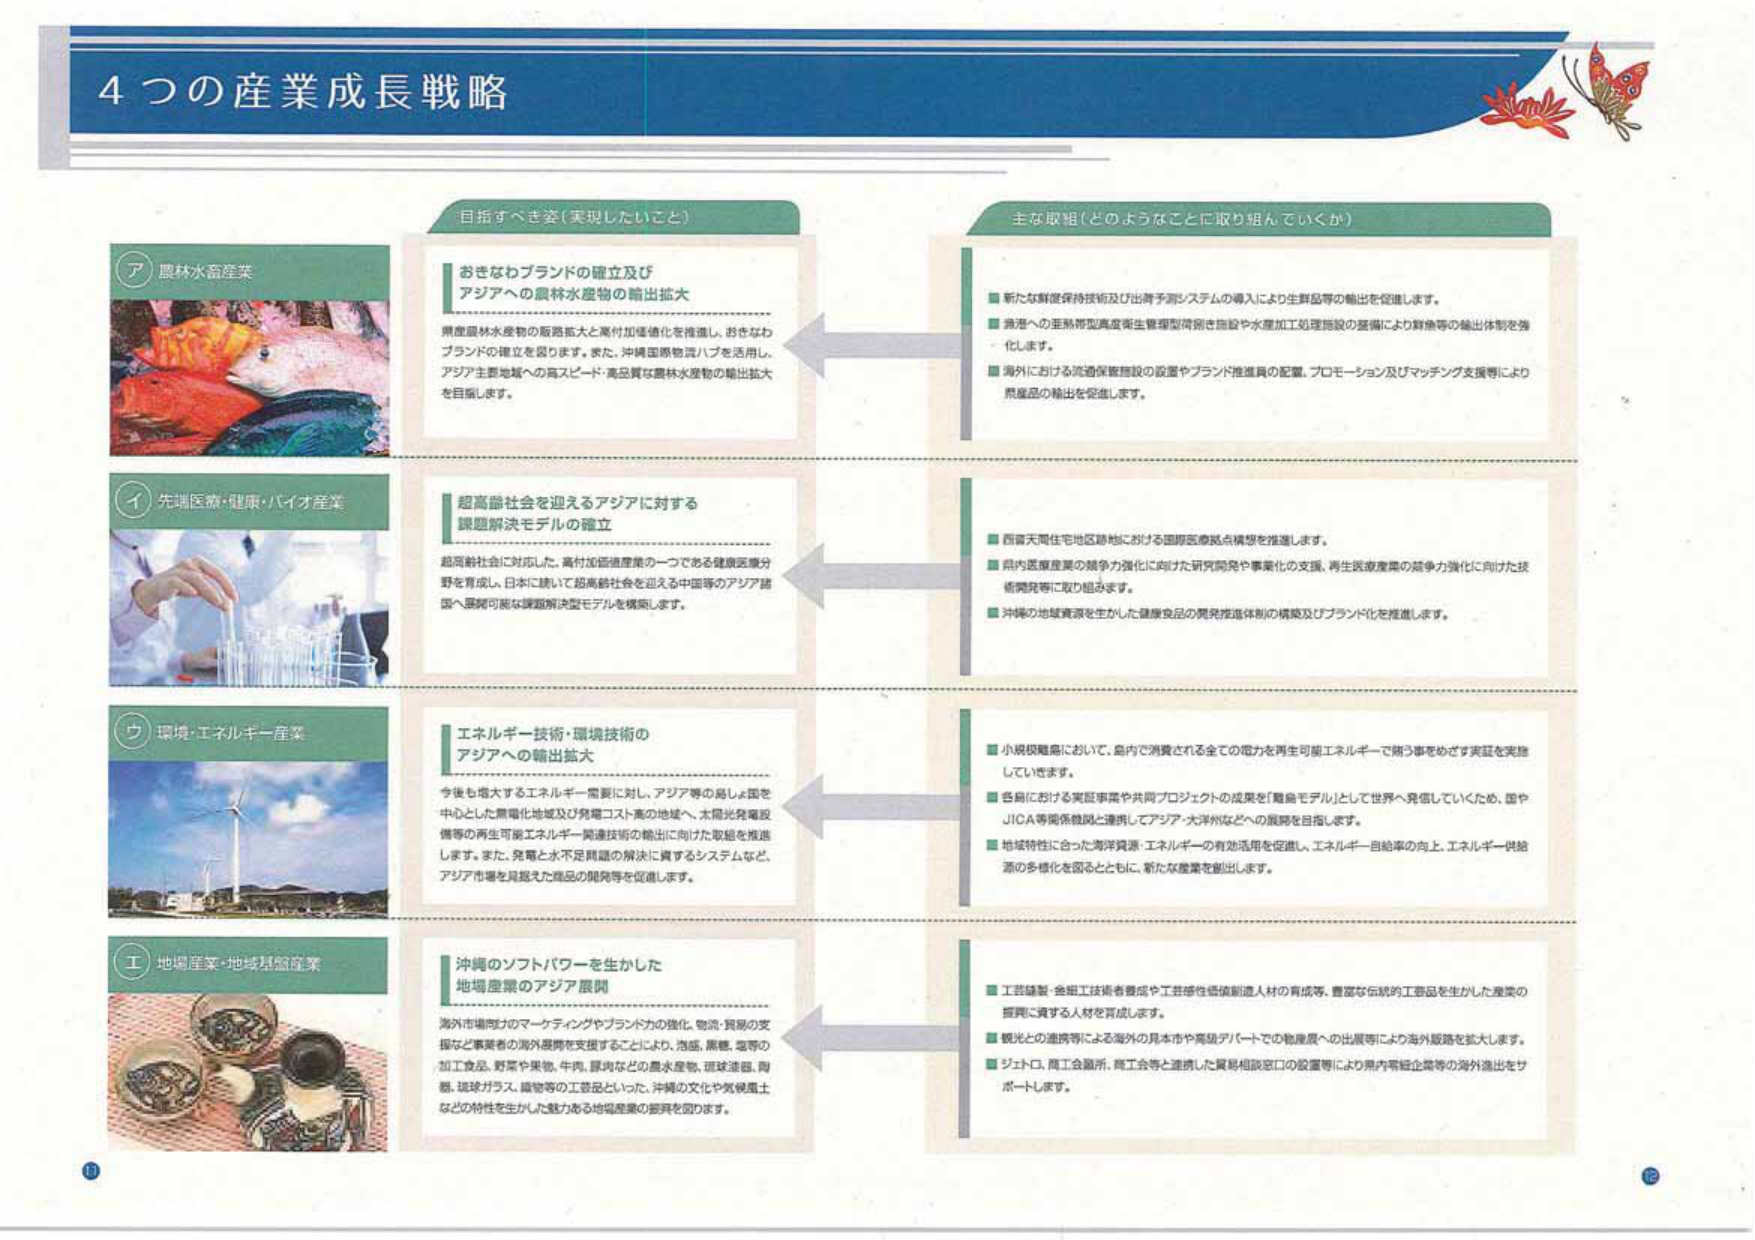
4つの産業成長戦略

ア 農林水産産業
おきなわブランドの確立及び
アジアへの農林水産物の輸出拡大
県産農林水産物の販路拡大と高付加価値化を推進し、おきなわブランドの確立を図ります。また、沖縄国際物流ハブを活用し、アジア主要地域への高スピード・高品質な農林水産物の輸出拡大を目指します。

主な取組（どのようなことに取り組んでいくか）
■ 新たな鮮度保持技術及び出荷予測システムの導入により生鮮品等の輸出を促進します。
■ 漁港への生熟帯型高度衛生管理型清掃き施設や水産加工処理施設の整備により鮮魚等の輸出体制を強化します。
■ 海外における流通保管施設の設置やブランド推進員の配置、プロモーション及びマッチング支援等により県産品の輸出を促進します。

イ 先端医療・健康・バイオ産業
超高齢社会を迎えるアジアに対する
課題解決モデルの確立
超高齢社会に対応した、高付加価値産業の一つである健康医療分野を育成し、日本に続いて超高齢社会を迎える中国等のアジア諸国へ展開可能な課題解決型モデルを構築します。

■ 西表天間住宅地区跡地における国際医療拠点構想を推進します。
■ 県内医療産業の競争力強化に向けた研究開発や事業化の支援、再生医療産業の競争力強化に向けた技術開発等に取り組みます。
■ 沖縄の地域資源を生かした健康食品の開発推進体制の構築及びブランド化を推進します。

ウ 環境・エネルギー産業
エネルギー技術・環境技術の
アジアへの輸出拡大
今後も増大するエネルギー需要に対し、アジア等の発展国を中心とした黒電化地域及び発電コスト高の地域へ、太陽光発電設備等の再生可能エネルギー関連技術の輸出に向けた取組を推進します。また、発電と水不足問題の解決に資するシステムなど、アジア市場を見据えた商品の開発等を促進します。

■ 小規模離島において、島内で消費される全ての電力を再生可能エネルギーで賄う事をめざす実証を実施していきます。
■ 各島における実証事業や共同プロジェクトの成果を「離島モデル」として世界へ発信していくため、国やJICA等関係機関と連携してアジア・大洋州などへの展開を目指します。
■ 地域特性に合った海洋資源・エネルギーの有効活用を促進し、エネルギー自給率の向上、エネルギー供給源の多様化を図るとともに、新たな産業を創出します。

エ 地場産業・地域基盤産業
沖縄のソフトパワーを生かした
地場産業のアジア展開
海外市場向けのマーケティングやブランド力の強化、物流・貿易の支援など事業者の海外展開を支援することにより、泡盛、黒糖、塩等の加工食品、野菜や果物、牛肉、豚肉などの農水産物、琉球漆器、陶器、琉球ガラス、織物等の工芸品といった、沖縄の文化や気候風土などの特性を生かした魅力ある地場産業の振興を図ります。

■ 工芸繊維・金細工技術者養成や工芸感性価値創造人材の育成等、豊富な伝統的工芸品を生かした産業の振興に資する人材を育成します。
■ 観光との連携等による海外の見本市や商品デパートでの物産展への出展等により海外販路を拡大します。
■ ジェトロ、商工会議所、商工会等と連携した貿易相談窓口の設置等により県内零細企業等の海外進出をサポートします。

目指すべき姿（実現したいこと）